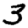
Digit: 3